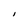
Character: I